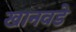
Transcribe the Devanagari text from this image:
खानवडे